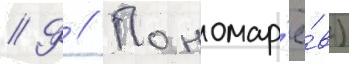
// Ф // Пономар'ё́в)